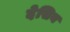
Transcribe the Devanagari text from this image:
देसिय